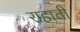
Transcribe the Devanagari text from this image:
राहाती